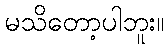
မသိတော့ပါဘူး။